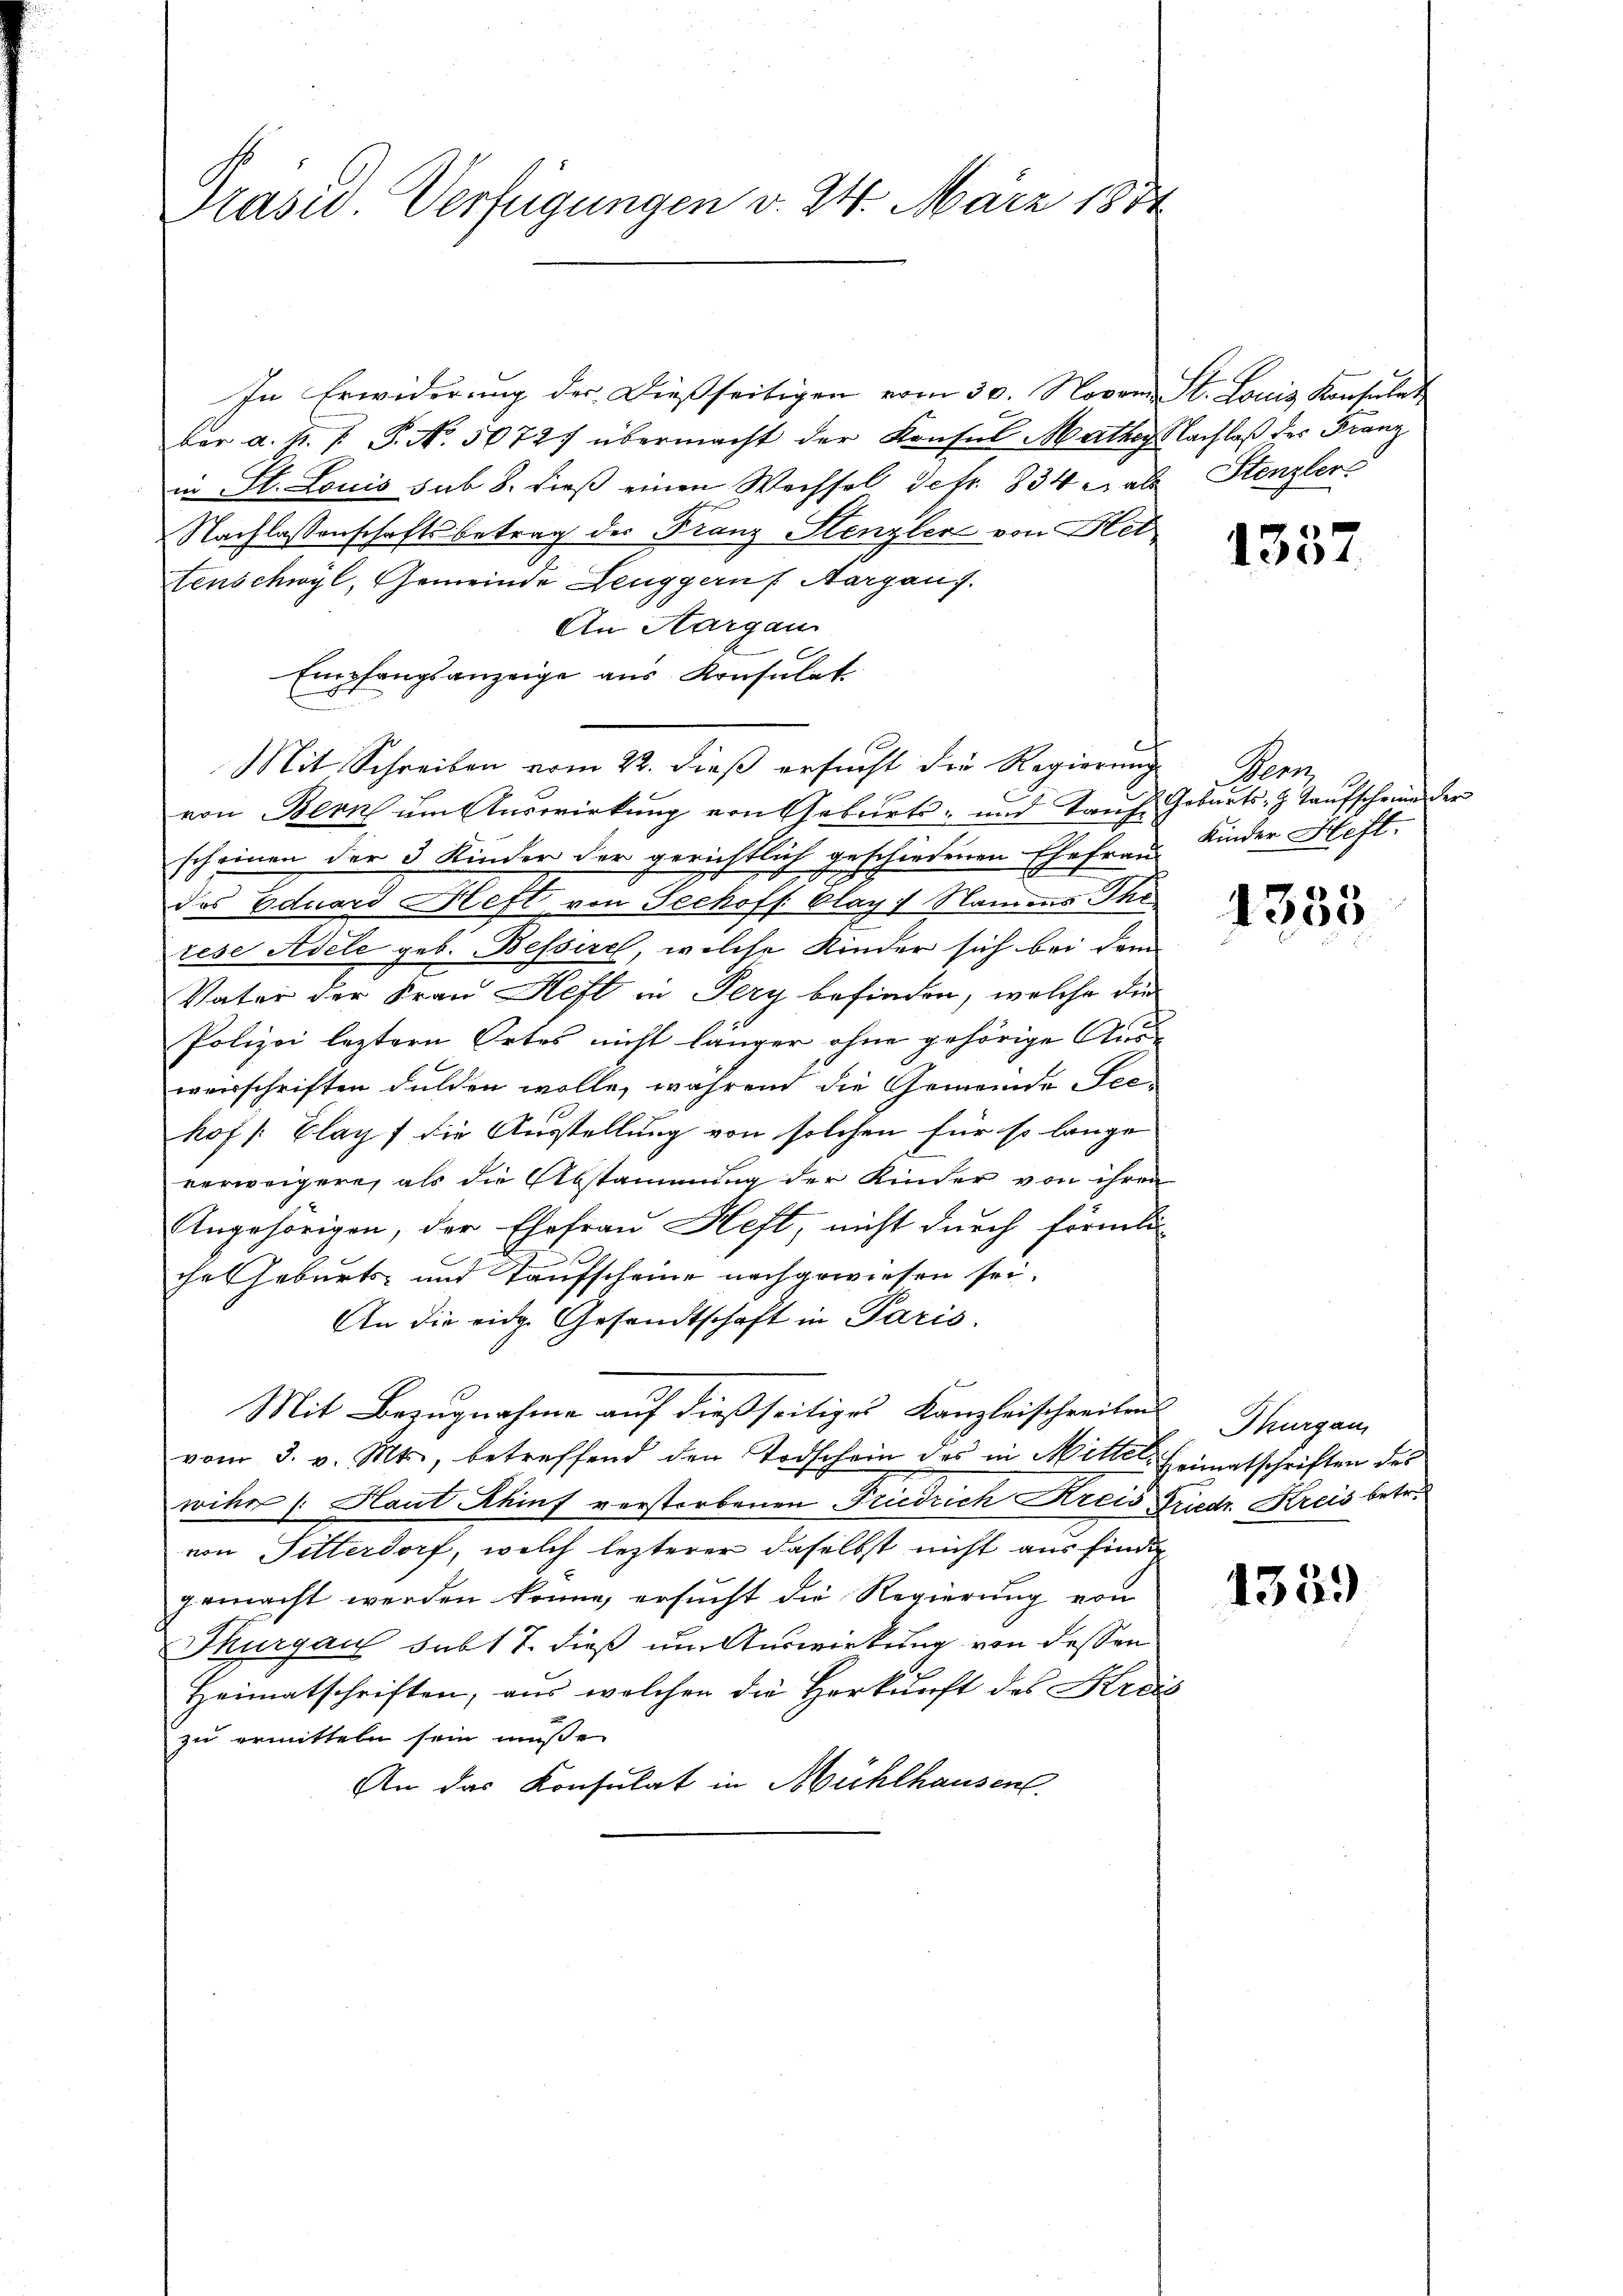
Präsid Verfügungen v. 24. März 1834

In Erwiderung der Dießseitigen vom 30. Nover St. Louis Konsulat
bar a. p. P. P. No. 50727 übermacht der Konsul Mathes Nachlaß der Franz
in St. Louis sub 8. dieß einen Wechsel Sefr. 834 als Stenzler.
Nachlassenschafts betrag des Franz Stenzler von Bet
Tenschwyl, Gemeinde Lenggens Aargans.
An Aargau
Empfangsanzeige aus Konsulat
von Bern um Auswirkung von Geburts- und Tanz. Geburts- & Kaŭfscheine der
scheinen der 3 Kinder der gerichtlich geschiedenen Ehefrau Kinder Heft.
des Eduard Heft von Sechofs. Clay 7 Namens The
rese Adele geb. Besserch, welche Kinder sich bei dem
Vater der Frau Heft in Pery befinden, welche die
Polizei leztern Ortes nicht länger ohne gehörige Ausweisschriften dulden wolle, während die Gemeinde Seehof /: Elag, die Ausstellung von solchen für so lange
verweigere, als die Abstammung der Kinder von ihren
Angehörigen, der Ehefrau Heft, nicht durch förmlic
che Geburts- und Taufscheine nachgewiesen sei.
An die eidg. Gesandtschaft in Paris.
Mit Bezugnahme auf dießseitiges Kanzleischreibens
vom 3. v. Mts., betreffend den Todschein des in Mittel Heimatschriften des
wihr (: Haut Khinf verstorbenen Friedrich Kreis Friedr. Kreis betr.
von Pitterdorf, welch lezterer daselbst nicht aus finde
gemacht werden könne, ersucht die Regierung von
Thurgau sub 17. dieß um Auswirkung von dessen
Heimatschriften, aus welchen die Herkunft des Kreis
zu ermitteln sein müße.
An das Konsulat in Mühlhausen.

Mit Schreiben vom 22. dieß ersucht die Regierung

1337

Penn

1335

Thurgau

435